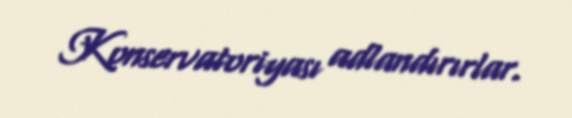
Konservatoriyası adlandırırlar.